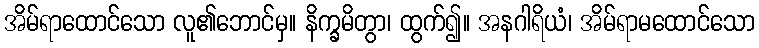
အိမ်ရာထောင်သော လူ၏ဘောင်မှ။ နိက္ခမိတွာ၊ ထွက်၍။ အနဂါရိယံ၊ အိမ်ရာမထောင်သော